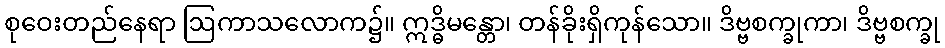
စုဝေးတည်နေရာ ဩကာသလောက၌။ ဣဒ္ဓိမန္တော၊ တန်ခိုးရှိကုန်သော။ ဒိဗ္ဗစက္ခုကာ၊ ဒိဗ္ဗစက္ခု